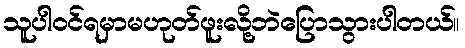
သူပါဝင်ရမှာမဟုတ်ဖူးလို့ဘဲပြောသွားပါတယ်။